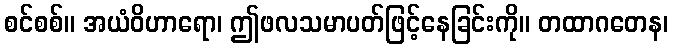
စင်စစ်။ အယံဝိဟာရော၊ ဤဖလသမာပတ်ဖြင့်နေခြင်းကို။ တထာဂတေန၊